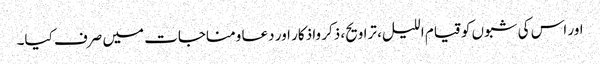
اور اس کی شبوں کو قیام اللیل، تراویح، ذکر واذکار اور دعا ومناجات میں صرف کیا۔